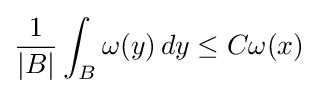
{\frac {1}{|B|}}\int _{B}\omega (y)\,dy\leq C\omega (x)